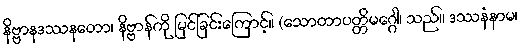
နိဗ္ဗာနဒဿနတော၊ နိဗ္ဗာန်ကို မြင်ခြင်းကြောင့်။ (သောတာပတ္တိမဂ္ဂေါ၊ သည်။ ဒဿနံနာမ၊